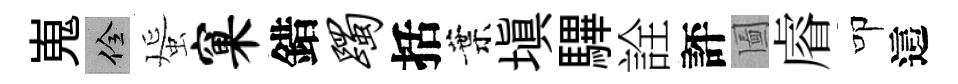
嵬佺蜑窠錯躅括葉塡驆詮評圗𥈠叩這